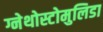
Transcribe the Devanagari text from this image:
ग्नेथोस्टोमुलिडा